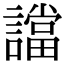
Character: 譡